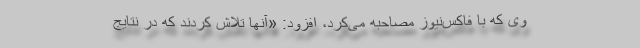
وی که با فاکس‌نیوز مصاحبه می‌کرد، افزود: «آنها تلاش کردند که در نتایج